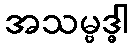
အသမ္ဗဒ္ဓါ